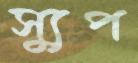
স্যুপ